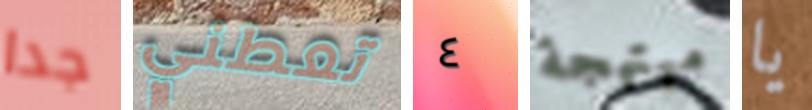
جدا تعطني ٤ مبتهجة يا